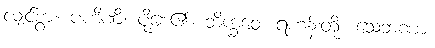
လျှင်စွာ။ ပဟိဏိ၊ ပို့စေ၏။ ဘိက္ခဝေ၊ ရဟန်းတို့။ သေဘဏာ၊